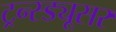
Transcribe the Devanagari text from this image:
ट्रन्स्ड्यूसर